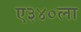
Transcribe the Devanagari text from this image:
ए३४०ला